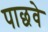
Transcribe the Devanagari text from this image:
पाछवे